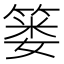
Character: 篓